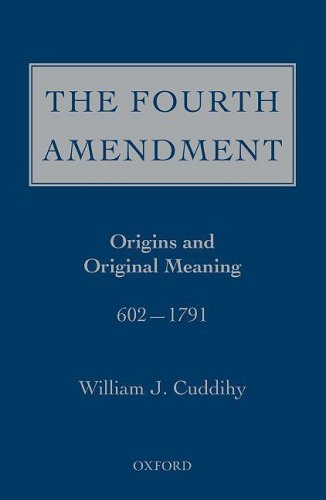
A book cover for The Fourth Amendment: Origins and Original Meaning 602 - 1791; William J. Cuddihy; Law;